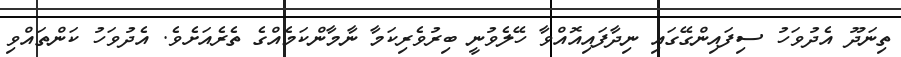
ތިނަދޫ އެދުވަހު ސިފައިންގޭގައި ނިދާފައިއޮއްވާ ހޭލެވުނީ ބިރުވެރިކަމާ ނާމާންކަމެއްގެ ތެރެއަށެވެ. އެދުވަހު ކަންތައްވި